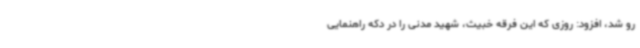
رو شد، افزود: روزی که این فرقه خبیث، شهید مدنی را در دکه راهنمایی